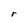
Character: r